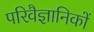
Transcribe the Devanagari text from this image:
परिवैज्ञानिकों